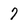
Character: 7